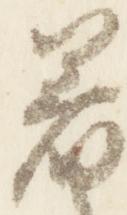
着